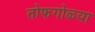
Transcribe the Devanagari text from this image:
तोफगोळ्या